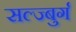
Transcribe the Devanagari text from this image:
सल्ज्बुर्ग